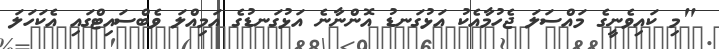
"މި ކައިވެނީގެ މައްސަލަ ޖެހުމާއެކު އަޅުގަނޑު އޮންނާނެ އަޅުގަނޑުގެ އަމިއްލަ ވެބްސައިޓްގައި އެކަހަލަ